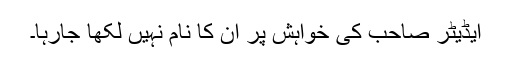
ایڈیٹر صاحب کی خواہش پر ان کا نام نہیں لکھا جارہا۔